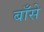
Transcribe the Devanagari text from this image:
बाँसे